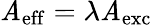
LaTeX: \mathit{A}_{\mathrm{{eff}}}=\lambda\mathit{A}_{\mathrm{{exc}}}